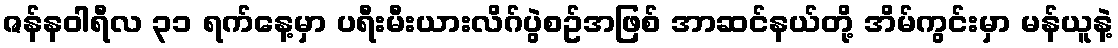
ဇန်နဝါရီလ ၃၁ ရက်နေ့မှာ ပရီးမီးယားလိဂ်ပွဲစဥ်အဖြစ် အာဆင်နယ်တို့ အိမ်ကွင်းမှာ မန်ယူနဲ့